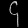
Digit: ၄